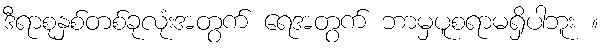
ဒီရာစုနှစ်တစ်ခုလုံးအတွက် ရေအတွက် ဘာမှပူစရာမရှိပါဘူး ။